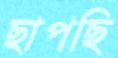
ছাপছি